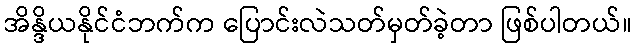
အိန္ဒိယနိုင်ငံဘက်က ပြောင်းလဲသတ်မှတ်ခဲ့တာ ဖြစ်ပါတယ်။